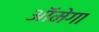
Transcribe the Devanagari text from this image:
ऑमेगा